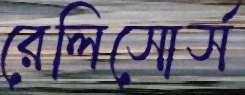
রেলিসোর্স